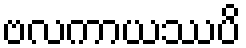
ဗလကာယဿပိ